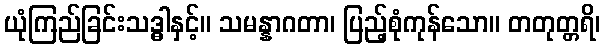
ယုံကြည်ခြင်းသဒ္ဓါနှင့်။ သမန္နာဂတာ၊ ပြည့်စုံကုန်သော။ တတုတ္တရိ၊